Civil Veterinary Department. Madras. Admin. report 1910-25 - 1910-1925
Year: 1910
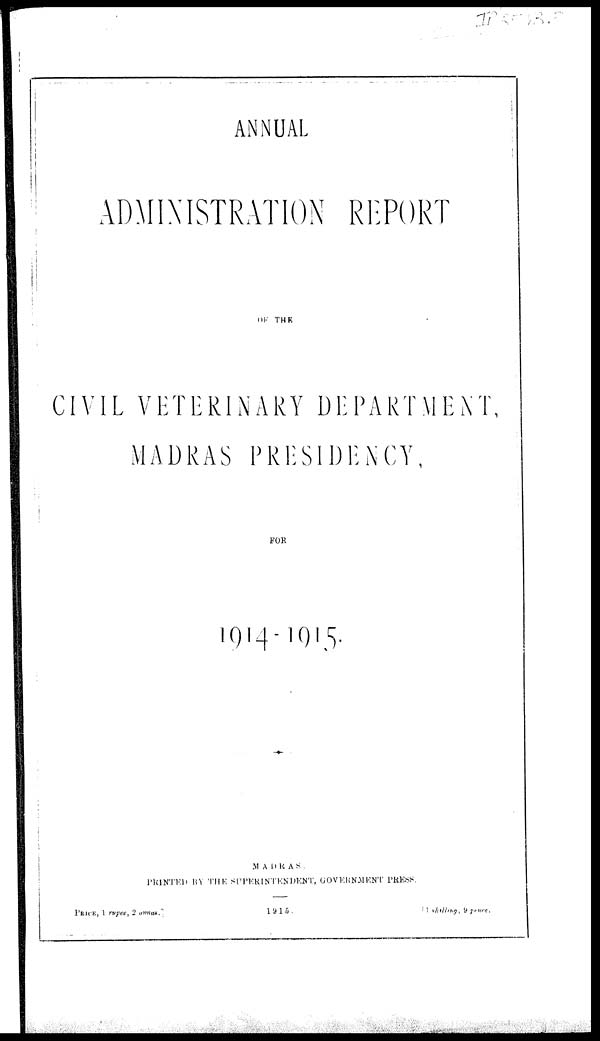
ANNUAL
ADMINISTRATION REPORT
OF THE
CIVIL VETERINARY DEPARTMENT,
MADRAS PRESIDENCY,
FOR
1914-1915.
MADRAS :
PRINTED BY THE SUPERINTENDENT, GOVERNMENT PRESS.
PRICE, 1 rupee, 2
annas.]
1915.
shiling,
9 pence.